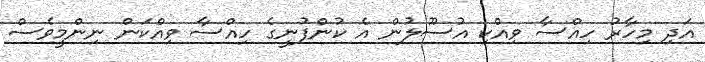
އަދި މިހާރު ހިއްސާ ވިއްކި އުސޫލުން އެ ކުންފުނީގެ ހިއްސާ ވިއްކަން ނިންމީވެސް